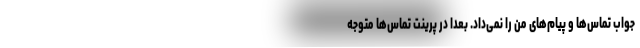
جواب تماس‌ها و پیام‌های من را نمی‌داد. بعدا در پرینت تماس‌ها متوجه